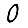
Digit: 0